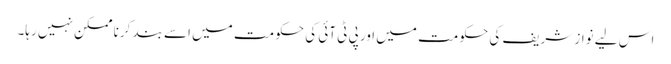
اس لیے نواز شریف کی حکومت میں اور پی ٹی آئی کی حکومت میں اسے بند کرنا ممکن نہیں رہا۔